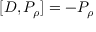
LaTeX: [ D , P _ { \rho } ] = - P _ { \rho }